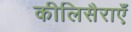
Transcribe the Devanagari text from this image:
कीलिसैराएँ